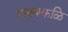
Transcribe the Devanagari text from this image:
यात्रक्कळि